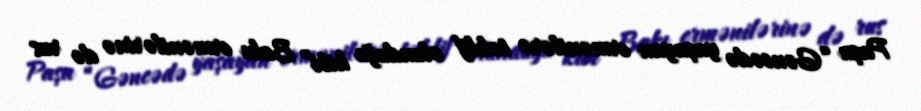
Paşa “Gəncədə yaşayan ermənilərə təklif olunduğu kibi” Bakı ermənilərinə də rus